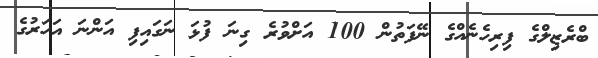
ބްރެޒިލްގެ ފިރިހެނެއްގެ ނޭފަތުން 100 އަށްވުރެ ގިނަ ފުޅަ ނަގައިފި އަންނަ އަހަރުގެ